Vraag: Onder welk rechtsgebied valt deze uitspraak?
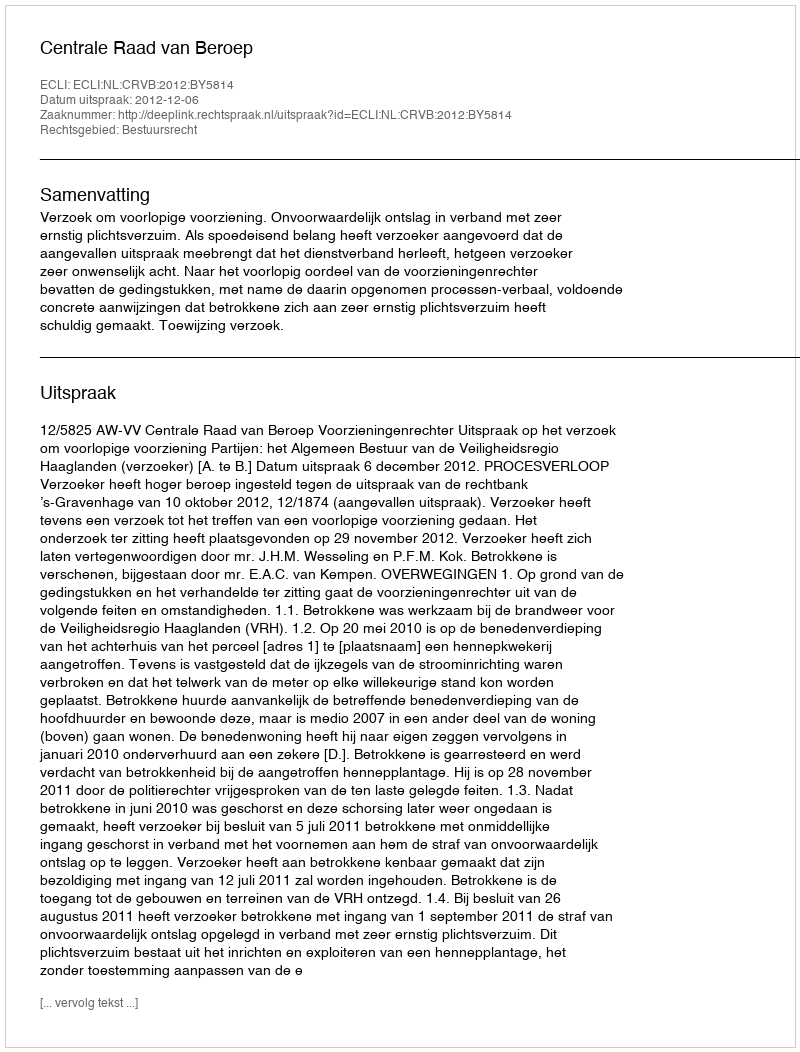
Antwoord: Bestuursrecht